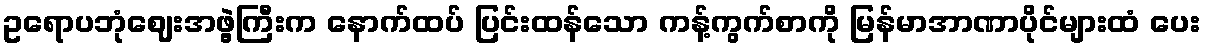
ဥရောပဘုံဈေးအဖွဲ့ကြီးက နောက်ထပ် ပြင်းထန်သော ကန့်ကွက်စာကို မြန်မာအာဏာပိုင်များထံ ပေး